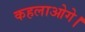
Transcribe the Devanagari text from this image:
कहलाओगे।